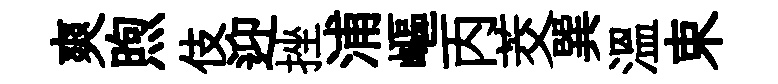
爽煦伎迎挫浦嶇丙茭巽溫束